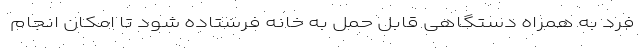
فرد به همراه دستگاهی قابل حمل به خانه فرستاده شود تا امکان انجام